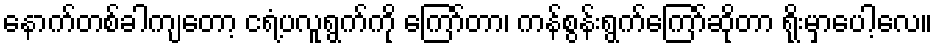
နောက်တစ်ခါကျတော့ ငရံ့ပလူရွက်ကို ကြော်တာ၊ ကန်စွန်းရွက်ကြော်ဆိုတာ ရိုးမှာပေါ့လေ။